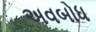
અવબોધ